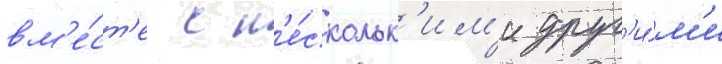
вм'е́ст'е с н'е́скольк'им'и друг'и́м'и